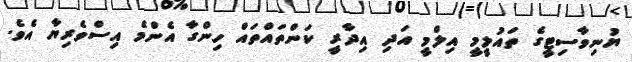
ޔުނިވާސިޓީގެ ތައުލީމީ އިލްމީ އަދި އިދާރީ ކަންތައްތައް ހިންގާ އެންމެ އިސްވެރިޔާ އެވެ.